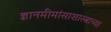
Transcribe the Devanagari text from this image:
ज्ञानमीमांसाशास्त्राच्या